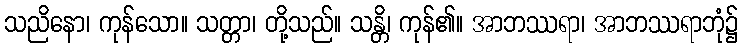
သညိနော၊ ကုန်သော။ သတ္တာ၊ တို့သည်။ သန္တိ၊ ကုန်၏။ အာဘဿရာ၊ အာဘဿရာဘုံ၌